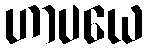
ဟာပယေ